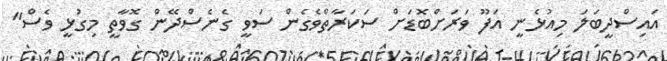
އައިސްދީބަލަ މިއުޅެނީ އަފޫ ވަރަށްބޮޑަށް ސަކަރާތްވެގެން ސަވީ ގެނެސްދޭން ގޮވާތީ މިގުޅީ ވެސް"